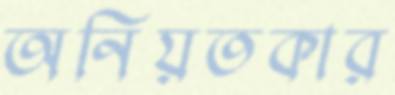
অনিয়তকার